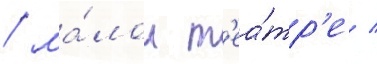
/ ма́лом т'еа́тр'е /